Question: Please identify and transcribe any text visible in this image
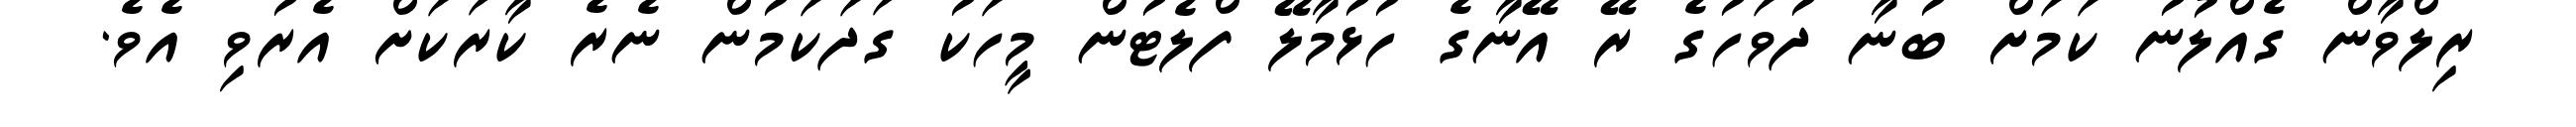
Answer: ރިލްވާން ގެއްލުނު ކަމަށް ބުނާ ދުވަހުގެ ރޭ އޭނާގެ ހުޅުމާލޭ ފްލެޓުން މީހަކު ގަދަކަމުން ނެރެ ކާރަކަށް އެރުވި އެވެ.